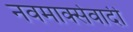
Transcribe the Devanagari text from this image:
नवमार्क्सवादी